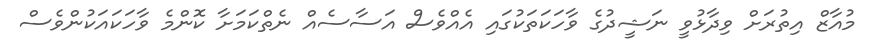
މުއާޒް އިތުރަށް ވިދާޅުވީ ނަޝީދުގެ ވާހަކަތަކުގައި އެއްވެސް އަސާސެއް ނެތްކަމަށާ ކޮންމެ ވާހަކައަކުންވެސް